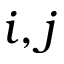
i , j